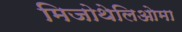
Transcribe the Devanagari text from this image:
मिजोथेलिओमा